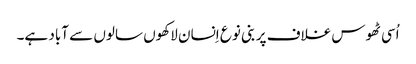
اُسی ٹھوس غلاف پر بنی نوع اِنسان لاکھوں سالوں سے آباد ہے۔